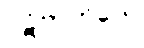
ပဋိဗာဟိတေ